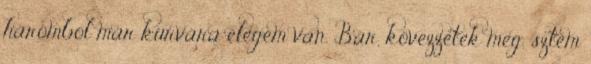
háromból már kurvára elegem van. Bár, kövezzetek meg, sztem